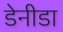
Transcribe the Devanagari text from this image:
डेनीडा